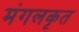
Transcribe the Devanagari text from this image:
मंगलकृत